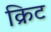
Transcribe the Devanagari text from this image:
क्रिट